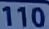
110